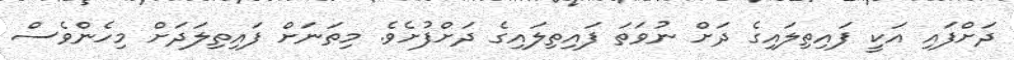
ދަށްފައި އަކީ ފައިތިލައިގެ ދަށް ނުވަތަ ފައިތިލައިގެ ދަށްފުށެވެ. މިތަނަށް ފައިތިލަދަށް މިހެންވެސް